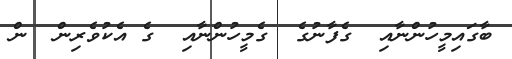
ބާގައިމީހުންނާއި  ގެފާނުގެ  ގެމީހުންނާއި  ގެ އެކުވެރިން  ން